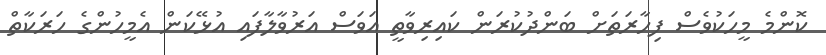
ކޮންމެ މީހަކުވެސް ފިހާރަތަށް ބަންދުކުރަން ކައިރިވާތީ އަވަސް އަރުވާލާފައި އުޅޭކަން އެމީހުންގެ ހަރަކާތް